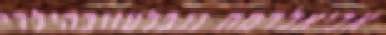
אביאלרמת נגבלעזובהילדי